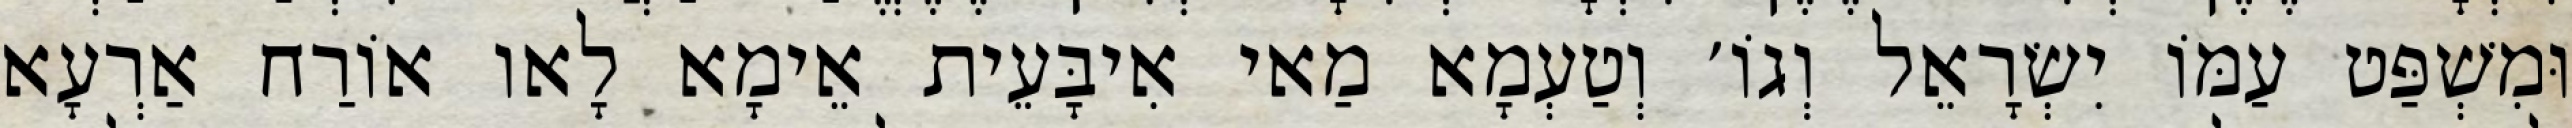
וּמִשְׁפַּט עַמּוֹ יִשְׂרָאֵל וְגוֹ׳ וְטַעְמָא מַאי אִיבָּעֵית אֵימָא לָאו אוֹרַח אַרְעָא